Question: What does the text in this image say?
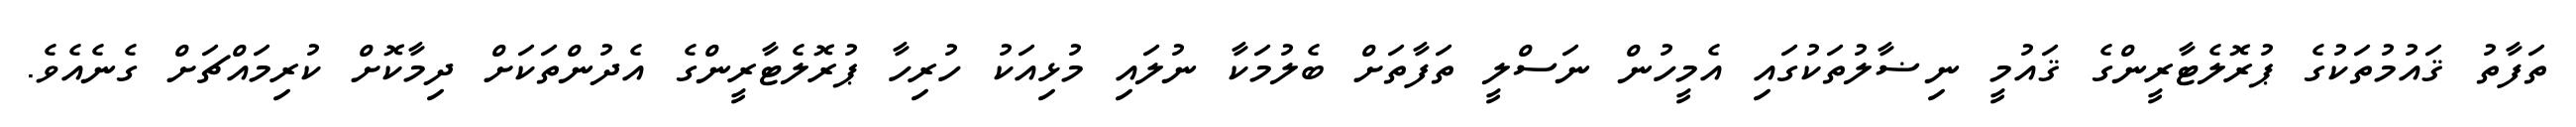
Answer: ތަފާތު ޤައުމުތަކުގެ ޕުރޮލެޓާރީންގެ ޤައުމީ ނިޟާލުތަކުގައި އެމީހުން ނަސްލީ ތަފާތަށް ބެލުމަކާ ނުލައި މުޅިއަކު ހުރިހާ ޕުރޮލެޓާރީންގެ އެދުންތަކަށް ދިމާކޮށް ކުރިމައްޗަށް ގެނެއެވެ.